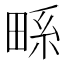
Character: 𭻖